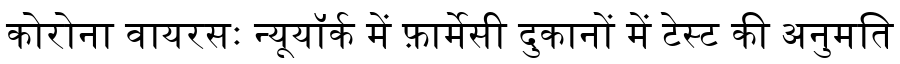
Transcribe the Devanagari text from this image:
कोरोना वायरसः न्यूयॉर्क में फ़ार्मेसी दुकानों में टेस्ट की अनुमति